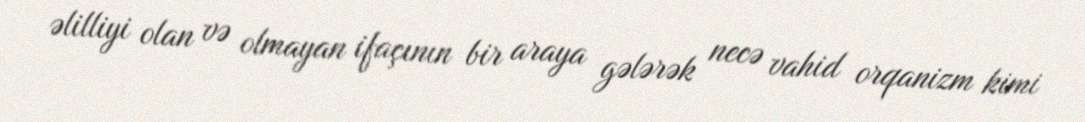
əlilliyi olan və olmayan ifaçının bir araya gələrək necə vahid orqanizm kimi